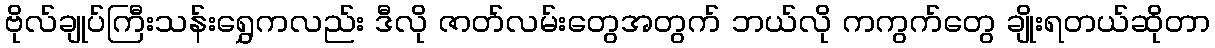
ဗိုလ်ချုပ်ကြီးသန်းရွှေကလည်း ဒီလို ဇာတ်လမ်းတွေအတွက် ဘယ်လို ကကွက်တွေ ချိုးရတယ်ဆိုတာ